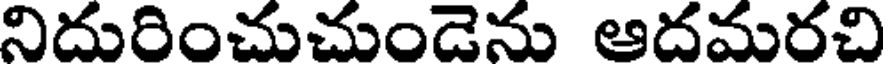
నిదురించుచుండెను ఆదమరచి